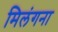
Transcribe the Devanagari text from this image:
मिलंगना